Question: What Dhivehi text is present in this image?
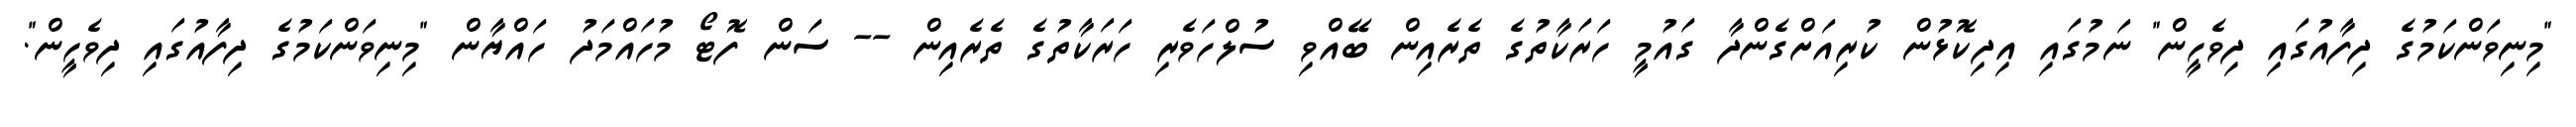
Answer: "މިނިވަންކަމުގެ ދިފާއުގައި ދިވެހީން" ނަމުގައި އިދިކޮޅުން ކުރިއަށްގެންދާ ގައުމީ ހަރަކާތުގެ ތެރެއިން ބޭއްވި ސުލްހަވެރި ހަރަކާތުގެ ތެރެއިން -- ސަން ފޮޓޯ މުހައްމަދު ހައްޔާން "މިނިވަންކަމުގެ ދިފާއުގައި ދިވެހީން".